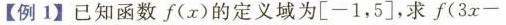
【例1】已知函数f (x)的定义域为[-1，5]，求 $$ f (3x-